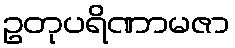
ဥတုပရိဏာမဇာ